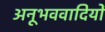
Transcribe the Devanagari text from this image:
अनूभववादियों